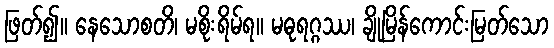
ဖြတ်၍။ နေသောစတိ၊ မစိုးရိမ်ရ။ မဓုရဂ္ဂဿ၊ ချိုမြိန်ကောင်းမြတ်သော